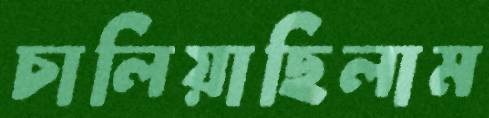
চালিয়াছিলাম